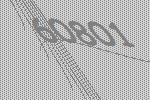
60801